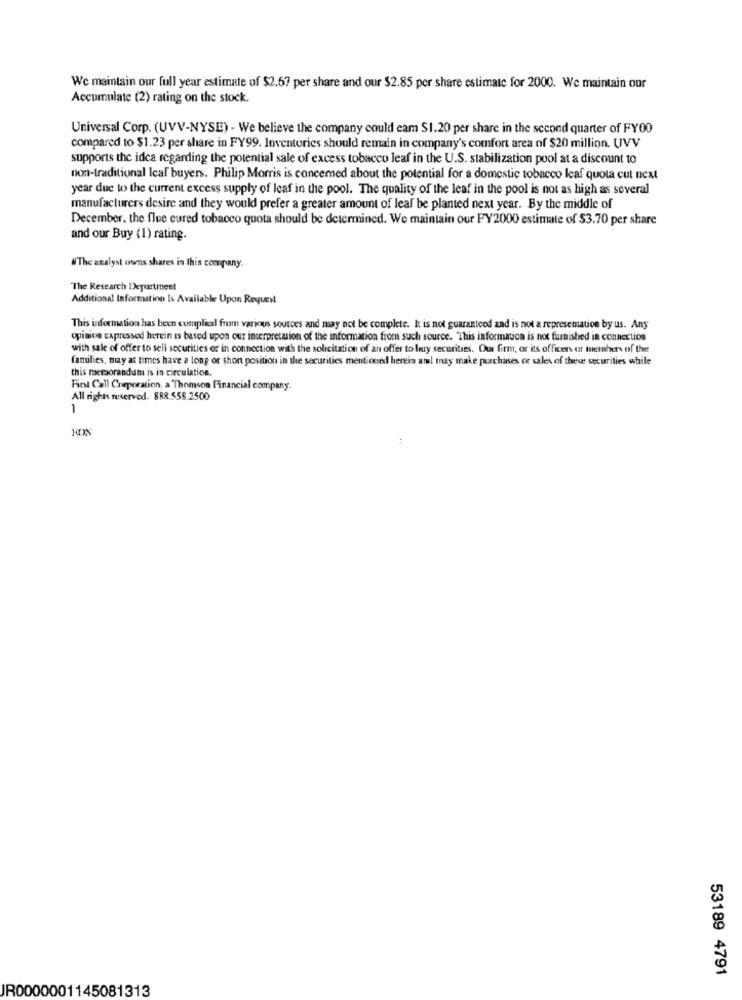
We maintain our full year estimate of $2.67 per share and our $2.85 per share estimate for 2000. We maintain our
Accumulate (2) rating on the stock.
Universal Corp. (UVV-NYSE) - We believe the company could cam $1.20 per share in the second quarter of FY00
compared to $1.23 per share in FY99. Inventories should remain in company's comfort area of $20 million. UVV
supports the idea regarding the potential sale of excess tobacco leaf in the U.S. stabilization pool at a discount to
non-traditional Ical buyers. Philip Morris is concemed about the potential for a domestic tobacco leaf quota cul next
year due to the current excess supply of leaf in the pool. The quality of the leaf in the pool is not as high as several
manufacturers desire and they would prefer a greater amount of leaf be planted next year. By the middle of
December, the flue cured tobacco quota should be determined. We maintain our FY2000 estimate of $3.70 per share
and our Buy (1) rating.
NThe analyst owns shares in this company.
"The Research Department
Additional Information Is Available Upon Request
This information has been cumplexl from various sources and may not be complete. It is not guaranteed zad is not a representation by us. Any
opinions expressed herein is based upon our interpretation of the information from such source. This information is not furnished in connection
with sale of offer to sell securities or in connection with the solicitation of an offer to buy securities. Our firm, or its officers of members of the
families, may at times have a long or short position in the securities mentioned hereis atal may make purchases or sales of thewe securities while
this meraorandum is in circulation.
First Call Corporation, a "Thomson Financial company.
All rights reserved. 888.558.2500
1
53189 4791
JR0000001145081313